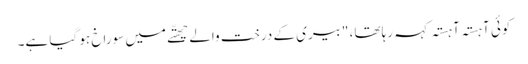
کوئی آہستہ آہستہ کہہ رہا تھا، "بیری کے درخت والے چھتّے میں سوراخ ہو گیا ہے۔